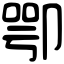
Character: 卾